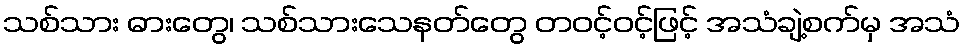
သစ်သား ဓားတွေ၊ သစ်သားသေနတ်တွေ တဝင့်ဝင့်ဖြင့် အသံချဲ့စက်မှ အသံ